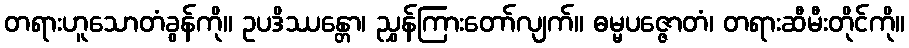
တရားဟူသောတံခွန်ကို။ ဥပဒိဿန္တော၊ ညွှန်ကြားတော်လျက်။ ဓမ္မပဇ္ဇောတံ၊ တရားဆီမီးတိုင်ကို။